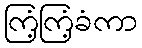
ကြံ့ကြံ့ခံကာ